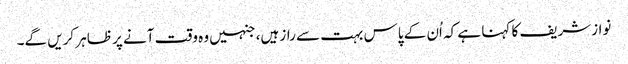
نوازشریف کا کہنا ہے کہ اُن کے پاس بہت سے راز ہیں، جنہیں وہ وقت آنے پر ظاہر کریں گے۔